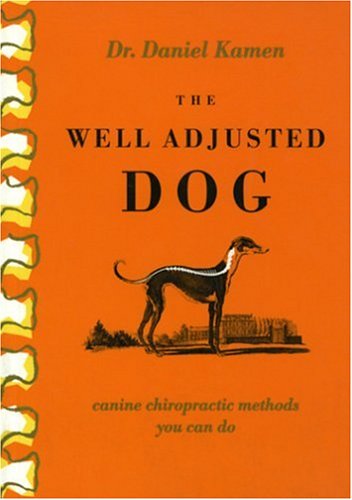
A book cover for The Well Adjusted Dog: Canine Chiropractic Methods You Can Do; Daniel R Kamen; Medical Books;